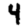
Digit: 4